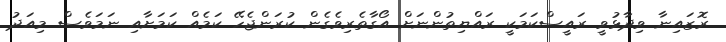
ރޮޒައިނާ ވިދާޅުވީ ރައީސްކަމަކީ ރައްޔިތުންނަށް އޯގާތެރިވެގެން ކުރަންޖެހޭ ކަމެއް ކަމަށާއި ނަމަވެސް މިއަދު